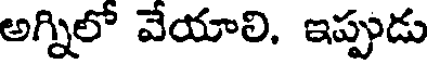
అగ్నిలో వేయాలి. ఇప్పుడు